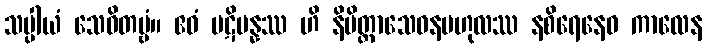
သပ္ပါယံ သေဝိတဗ္ဗံ။ ဧဝံ ပဋိပန္နဿ ဟိ နိမိတ္တာသေဝနဗဟုလဿ နစိရေနေဝ ကာလေန